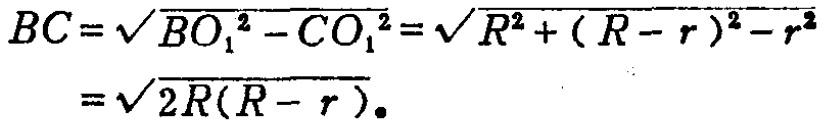
\[
\begin{align*}
BC&=\sqrt{BO_{1}^{2}-CO_{1}^{2}}=\sqrt{R^{2}+(R - r)^{2}-r^{2}}\\
&=\sqrt{2R(R - r)}.
\end{align*}
\]